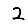
Digit: 2